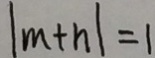
\vert m + n \vert = 1